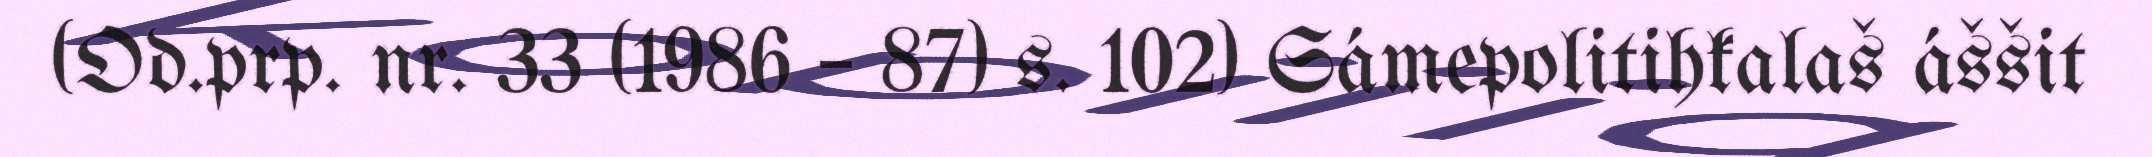
(Od.prp. nr. 33 (1986 – 87) s. 102) Sámepolitihkalaš áššit